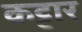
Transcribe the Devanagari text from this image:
कट्टार